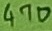
Text: 470